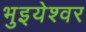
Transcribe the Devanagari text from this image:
भुइयेश्वर